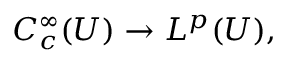
C _ { c } ^ { \infty } ( U ) \to L ^ { p } ( U ) ,